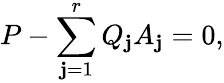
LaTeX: P-\sum_{\mathbf{j}=1}^{r}Q_{\mathbf{j}}A_{\mathbf{j}}=0,